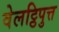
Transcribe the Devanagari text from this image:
वेलट्ठिपुत्त